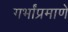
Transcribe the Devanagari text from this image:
गर्भांप्रमाणे